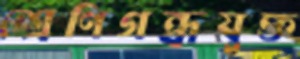
শ্রেণিগন্ধযুক্ত